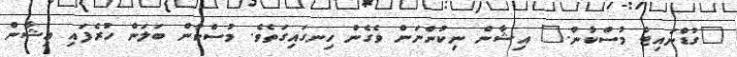
"ގުޑްނައިޓް މުސްކާން." އިޝާން ނިކުންނަން ވެގެން ހިނގައިގަތެވެ. މުސްކާން ބަލަން ހުރެފައި އިޝާން